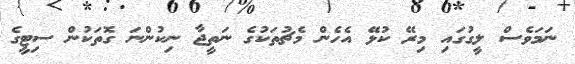
ނަމަވެސް ލީގުގައި މިރޭ ކުޅޭ އެހެން މެޗުތަކުގެ ނަތީޖާ ނިކުންނަ ގޮތަކުން ސިޓީގެ